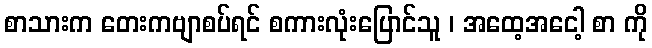
စာသားက တေးကဗျာစပ်ရင် စကားလုံးပြောင်သူ ၊ အထေ့အငေါ့ စာ ကို